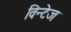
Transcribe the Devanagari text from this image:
विन्टेज